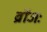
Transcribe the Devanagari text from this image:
ब्रोंजः